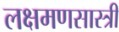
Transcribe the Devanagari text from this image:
लक्षमणसास्त्री